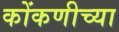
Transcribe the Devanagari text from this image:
कोंकणीच्या